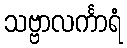
သဗ္ဗာလင်္ကာရံ